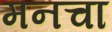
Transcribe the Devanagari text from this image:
मनचा